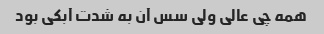
همه چی عالی ولی سس آن به شدت آبکی بود